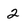
Character: 2